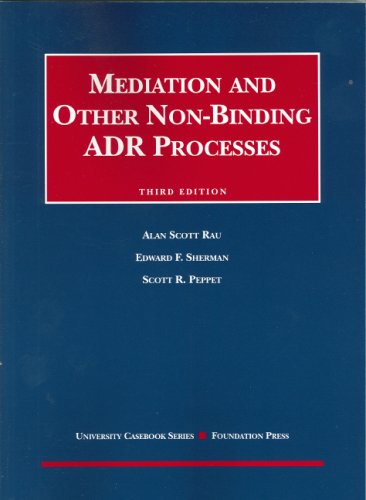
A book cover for Mediation and Other Non-Binding ADR Processes (University Casebook Series); Alan Rau; Law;